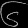
Digit: ၆